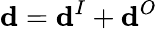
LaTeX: \mathbf{d}=\mathbf{d}^{I}+\mathbf{d}^{O}